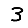
Digit: 3